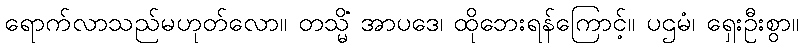
ရောက်လာသည်မဟုတ်လော။ တသ္မိံ အာပဒေ၊ ထိုဘေးရန်ကြောင့်။ ပဌမံ၊ ရှေးဦးစွာ။